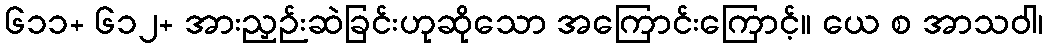
၆၁၁+ ၆၁၂+ အားညှဉ်းဆဲခြင်းဟုဆိုသော အကြောင်းကြောင့်။ ယေ စ အာသဝါ၊